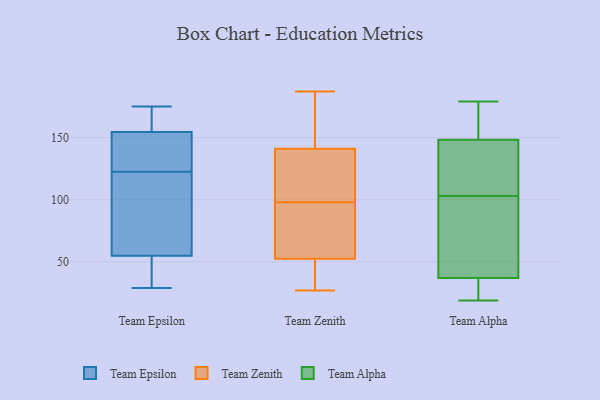
{"axis": {"x": "Conversion Rate (%)", "y": "Value"}, "legend": ["Team Alpha", "Team Epsilon", "Team Zenith"], "data": [{"x": "", "y": 175, "type": "Team Epsilon"}, {"x": "", "y": 138, "type": "Team Epsilon"}, {"x": "", "y": 162, "type": "Team Epsilon"}, {"x": "", "y": 147, "type": "Team Epsilon"}, {"x": "", "y": 46, "type": "Team Epsilon"}, {"x": "", "y": 89, "type": "Team Epsilon"}, {"x": "", "y": 146, "type": "Team Epsilon"}, {"x": "", "y": 173, "type": "Team Epsilon"}, {"x": "", "y": 29, "type": "Team Epsilon"}, {"x": "", "y": 107, "type": "Team Epsilon"}, {"x": "", "y": 64, "type": "Team Epsilon"}, {"x": "", "y": 40, "type": "Team Epsilon"}, {"x": "", "y": 64, "type": "Team Zenith"}, {"x": "", "y": 40, "type": "Team Zenith"}, {"x": "", "y": 79, "type": "Team Zenith"}, {"x": "", "y": 147, "type": "Team Zenith"}, {"x": "", "y": 99, "type": "Team Zenith"}, {"x": "", "y": 123, "type": "Team Zenith"}, {"x": "", "y": 27, "type": "Team Zenith"}, {"x": "", "y": 97, "type": "Team Zenith"}, {"x": "", "y": 187, "type": "Team Zenith"}, {"x": "", "y": 41, "type": "Team Zenith"}, {"x": "", "y": 135, "type": "Team Zenith"}, {"x": "", "y": 161, "type": "Team Zenith"}, {"x": "", "y": 19, "type": "Team Alpha"}, {"x": "", "y": 111, "type": "Team Alpha"}, {"x": "", "y": 49, "type": "Team Alpha"}, {"x": "", "y": 173, "type": "Team Alpha"}, {"x": "", "y": 49, "type": "Team Alpha"}, {"x": "", "y": 179, "type": "Team Alpha"}, {"x": "", "y": 33, "type": "Team Alpha"}, {"x": "", "y": 27, "type": "Team Alpha"}, {"x": "", "y": 156, "type": "Team Alpha"}, {"x": "", "y": 125, "type": "Team Alpha"}, {"x": "", "y": 103, "type": "Team Alpha"}]}